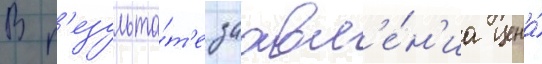
В р'езульта́т'е заавл'е́н'иа цена́